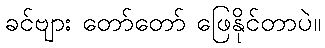
ခင်ဗျား တော်တော် ဖြေနိုင်တာပဲ။